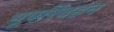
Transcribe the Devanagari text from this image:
भूपरिवहन